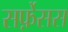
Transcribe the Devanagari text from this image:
सर्फ़ेसस